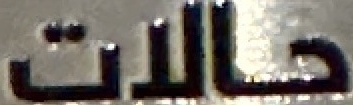
حالات